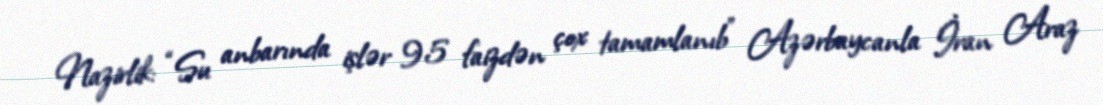
Nazirlik: “Su anbarında işlər 95 faizdən çox tamamlanıb” Azərbaycanla İran Araz